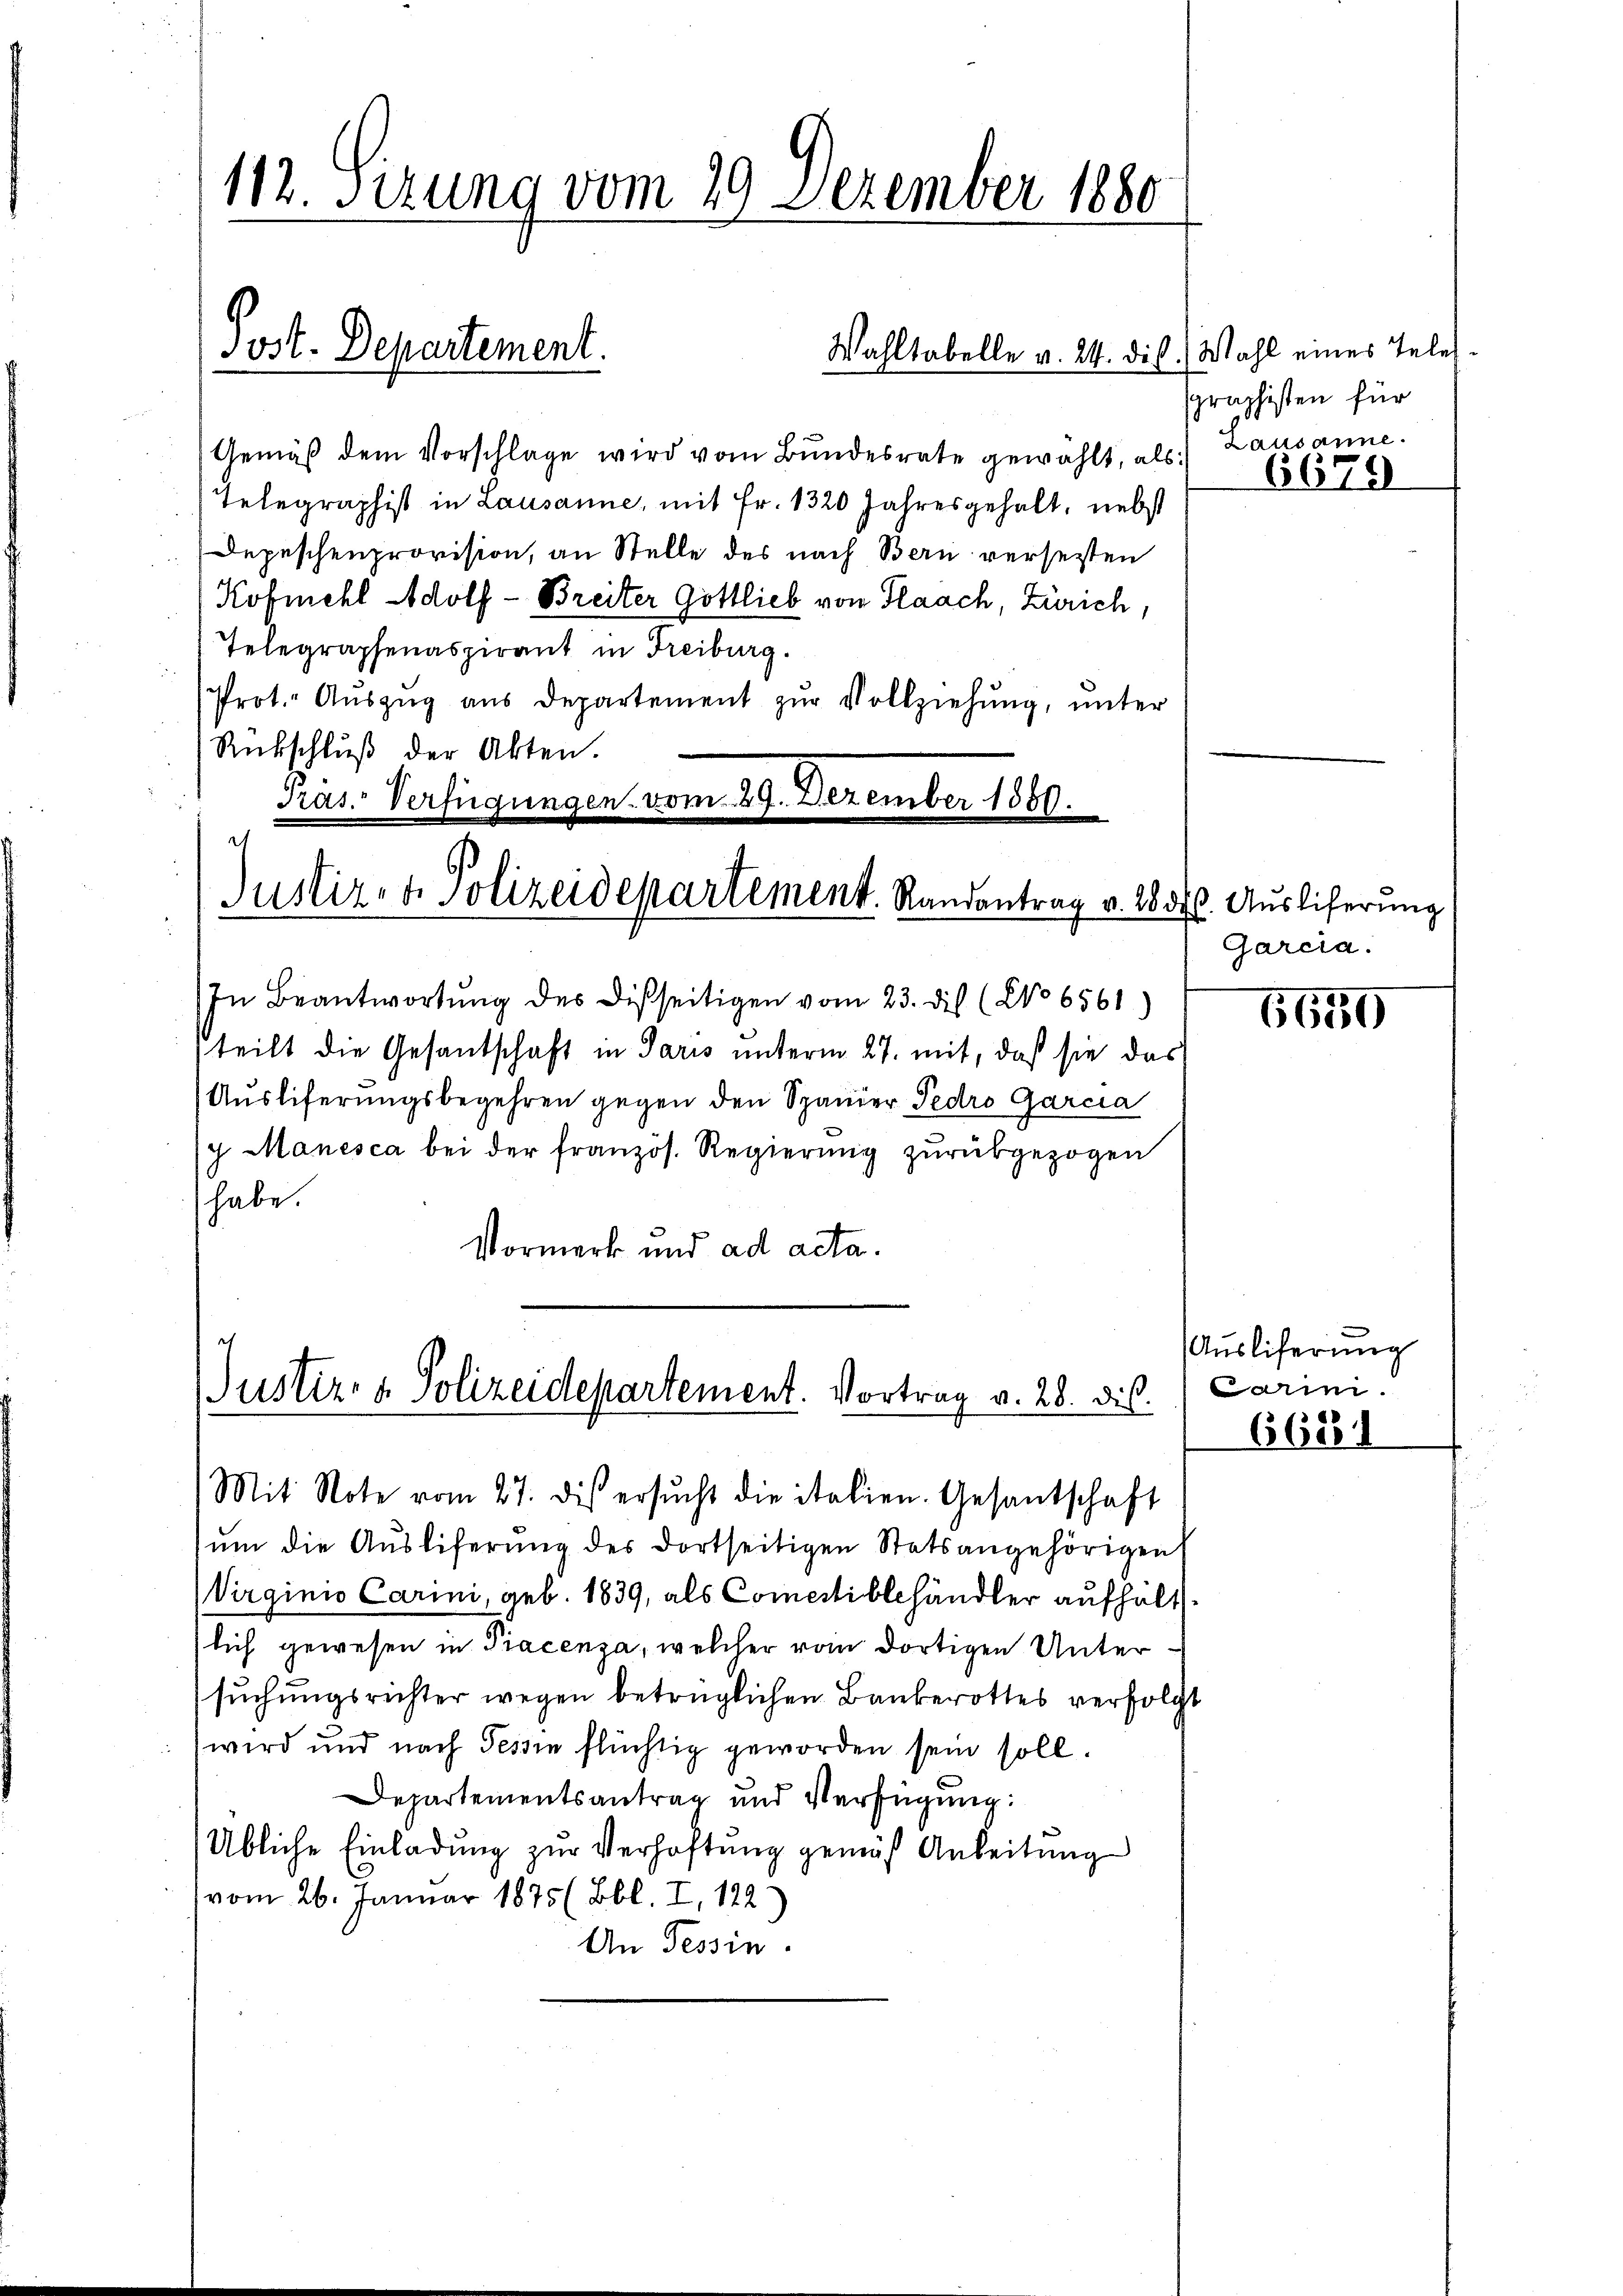
112. Sizung vom 29. Dezember 1880

Wahltabelle v. 24. dis.) Wahl eines Tele¬
Gemäß dem Vorschlage wird vom Bundesrate gewählt, als Lausanne.
Telegraphist in Lausanne, mit Fr. 1320 Jahresgehalt, nebst
Depeschenprovision, an Stelle des nach Bern verseiten
Kofmehl Adolf - Breiter Göttlieb von Flaach, Zürich,
Telegraphenaspirant in Freiburg.
Prot. Aŭszŭg ans Departement zŭr Vollziehung, unter
Rübschluß der Akten.
Präs. Verfügungen vom 29. Dezember 1880.
.

Justiz- & Polizeidepartement. Vortrag v. 28. dis

Post. Departement.

Justiz- & Polizeidepartement. Randantrag v. 1834.

In Beantwortŭng des Disseitigen vom 23. die (No 6561)
teilt die Gesantschaft in Paris unterm 27. mit, daß sie das
(Ausliferungsbegehren gegen den Spanier Pedro Garcia
g. Manesca bei der französ. Regierung zurükgezogen
habe.
Vormerk und ad acta.
Mit Note vom 27. dis ersŭcht die italien. Gesantschaft
ŭm die Auslieferung des dortseitigen Statsangehörigen
Virginio Carini, geb. 1839, als Comptiblehändler aufhält
lich gewesen in Tracenza, welcher vom dortigen Untersuchungsrichter wegen betrüglichen Bauberottes verfolg
wird und nach Tessin flüchtig geworden sein soll.
Departementsantrag und Verfügung:
Übliche Einladung zur Verhaftung gemäß Anleitung
vom 26. Januar 1875 ( Bbl. I, 122
An Tessin.

Graphisten für

st

6679

. Ausliferung
Garcia.

6650

Auslieferung
Cain.

6688.